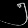
Digit: ၅